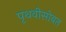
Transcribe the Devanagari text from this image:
पृथवीसोबत